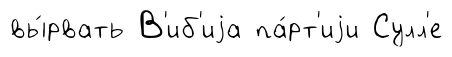
вы́рвать В'иб'иjа па́рт'иjи Сулл'е